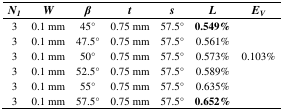
<table><thead><tr><td><b><i>N<sub>1</sub></i></b></td><td><b><i>W</i></b></td><td><b><i>β</i></b></td><td><b><i>t</i></b></td><td><b><i>s</i></b></td><td><b><i>L</i></b></td><td><b><i>E<sub>V</sub></i></b></td></tr></thead><tbody><tr><td>3</td><td>0.1 mm</td><td>45°</td><td>0.75 mm</td><td>57.5°</td><td><b>0.549%</b></td><td rowspan="6">0.103%</td></tr><tr><td>3</td><td>0.1 mm</td><td>47.5°</td><td>0.75 mm</td><td>57.5°</td><td>0.561%</td></tr><tr><td>3</td><td>0.1 mm</td><td>50°</td><td>0.75 mm</td><td>57.5°</td><td>0.573%</td></tr><tr><td>3</td><td>0.1 mm</td><td>52.5°</td><td>0.75 mm</td><td>57.5°</td><td>0.589%</td></tr><tr><td>3</td><td>0.1 mm</td><td>55°</td><td>0.75 mm</td><td>57.5°</td><td>0.635%</td></tr><tr><td>3</td><td>0.1 mm</td><td>57.5°</td><td>0.75 mm</td><td>57.5°</td><td><b>0.652%</b></td></tr></tbody></table>